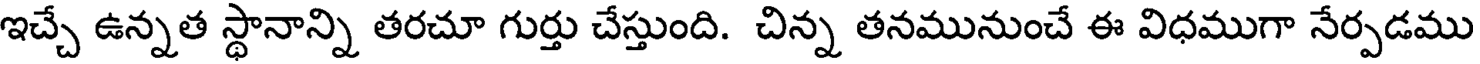
ఇచ్చే ఉన్నత స్థానాన్ని తరచూ గుర్తు చేస్తుంది. చిన్న తనమునుంచే ఈ విధముగా నేర్పడము